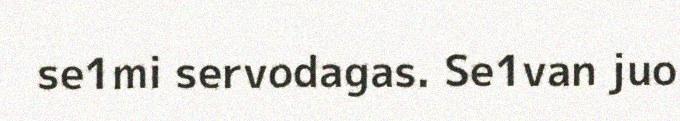
se1mi servodagas. Se1van juo